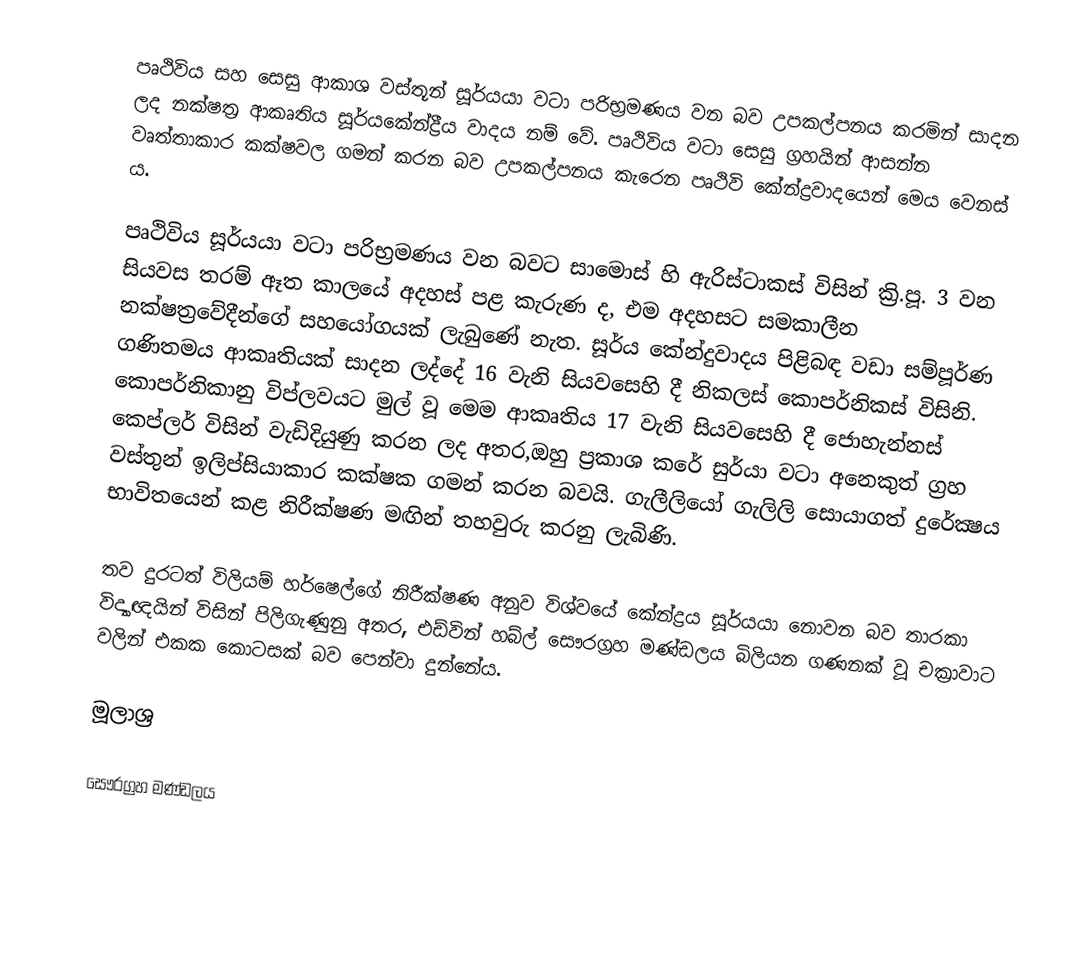
පෘථිවිය සහ සෙසු ආකාශ වස්තූන් සූර්යයා වටා පරිභ්‍රමණය වන බව උපකල්පනය කරමින් සාදන ලද නක්ෂත්‍ර ආකෘතිය සූර්යකේන්ද්‍රීය වාදය නම් වේ. පෘථිවිය වටා සෙසු ග්‍රහයින් ආසන්න වෘත්තාකාර කක්ෂවල ගමන් කරන බව උපකල්පනය කැරෙන පෘථිවි කේන්ද්‍රවාදයෙන් මෙය වෙනස් ය.

පෘථිවිය සූර්යයා වටා පරිභ්‍රමණය වන බවට සාමොස් හි ඇරිස්ටාකස් විසින් ක්‍රි.පූ. 3 වන සියවස තරම් ඈත කාලයේ අදහස් පළ කැරුණ ද, එම අදහසට සමකාලීන නක්ෂත්‍රවේදීන්ගේ සහයෝගයක් ලැබුණේ නැත. සූර්ය කේන්දුවාදය පිළිබඳ වඩා සම්පූර්ණ ගණිතමය ආකෘතියක් සාදන ලද්දේ 16 වැනි සියවසෙහි දී නිකලස් කොපර්නිකස් විසිනි. කොපර්නිකානු විප්ලවයට මුල් වූ මෙම ආකෘතිය 17 වැනි සියවසෙහි දී ජොහැන්නස් කෙප්ලර් විසින් වැඩිදියුණු කරන ලද අතර,ඔහු ප්‍රකාශ කරේ සුර්යා වටා අනෙකුත් ග්‍රහ වස්තුන් ඉලිප්සියාකාර කක්ෂක ගමන් කරන බවයි. ගැලී‍ලියෝ ගැලිලි සොයාගත් දුරේක්‍ෂය භාවිතයෙන් කළ නිරීක්ෂණ මඟින් තහවුරු කරනු ලැබිණි.

තව දුරටත් විලියම් හර්ෂෙල්ගේ නිරීක්ෂණ අනුව විශ්වයේ කේන්ද්‍රය සූර්යයා නොවන බව තාරකා විද්‍යාඥයින් විසින් පිලිගැණුනු අතර, එඩ්වින් හබ්ල් සෞරග්‍රහ මණ්ඩලය බිලියන ගණනක් වූ චක්‍රාවාට වලින් එකක කොටසක් බව පෙන්වා දුන්නේය.

මූලාශ්‍ර

සෞරග්‍රහ මණ්ඩලය